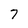
Character: 7